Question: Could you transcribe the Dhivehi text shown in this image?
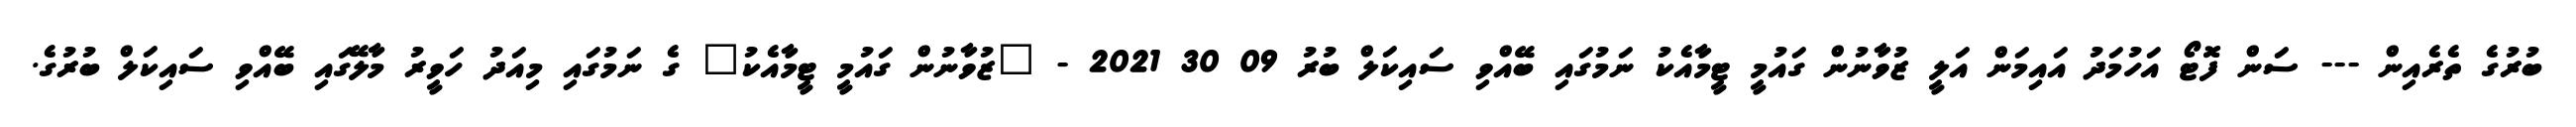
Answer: ބުރުގެ ތެރެއިން --- ސަން ފޮޓޯ އަހުމަދު އައިމަން އަލީ ޒުވާނުން ގައުމީ ޓީމާއެކު ނަމުގައި ބޭއްވި ސައިކަލް ބުރު 09 30 2021 - "ޒުވާނުން ގައުމީ ޓީމާއެކު" ގެ ނަމުގައި މިއަދު ހަވީރު މާލޭގައި ބޭއްވި ސައިކަލް ބުރުގެ.